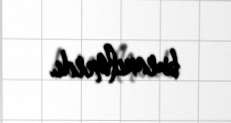
buraxılmırdı.